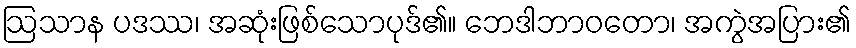
ဩသာန ပဒဿ၊ အဆုံးဖြစ်သောပုဒ်၏။ ဘေဒါဘာဝတော၊ အကွဲအပြား၏